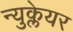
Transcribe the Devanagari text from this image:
न्युक्लेयर